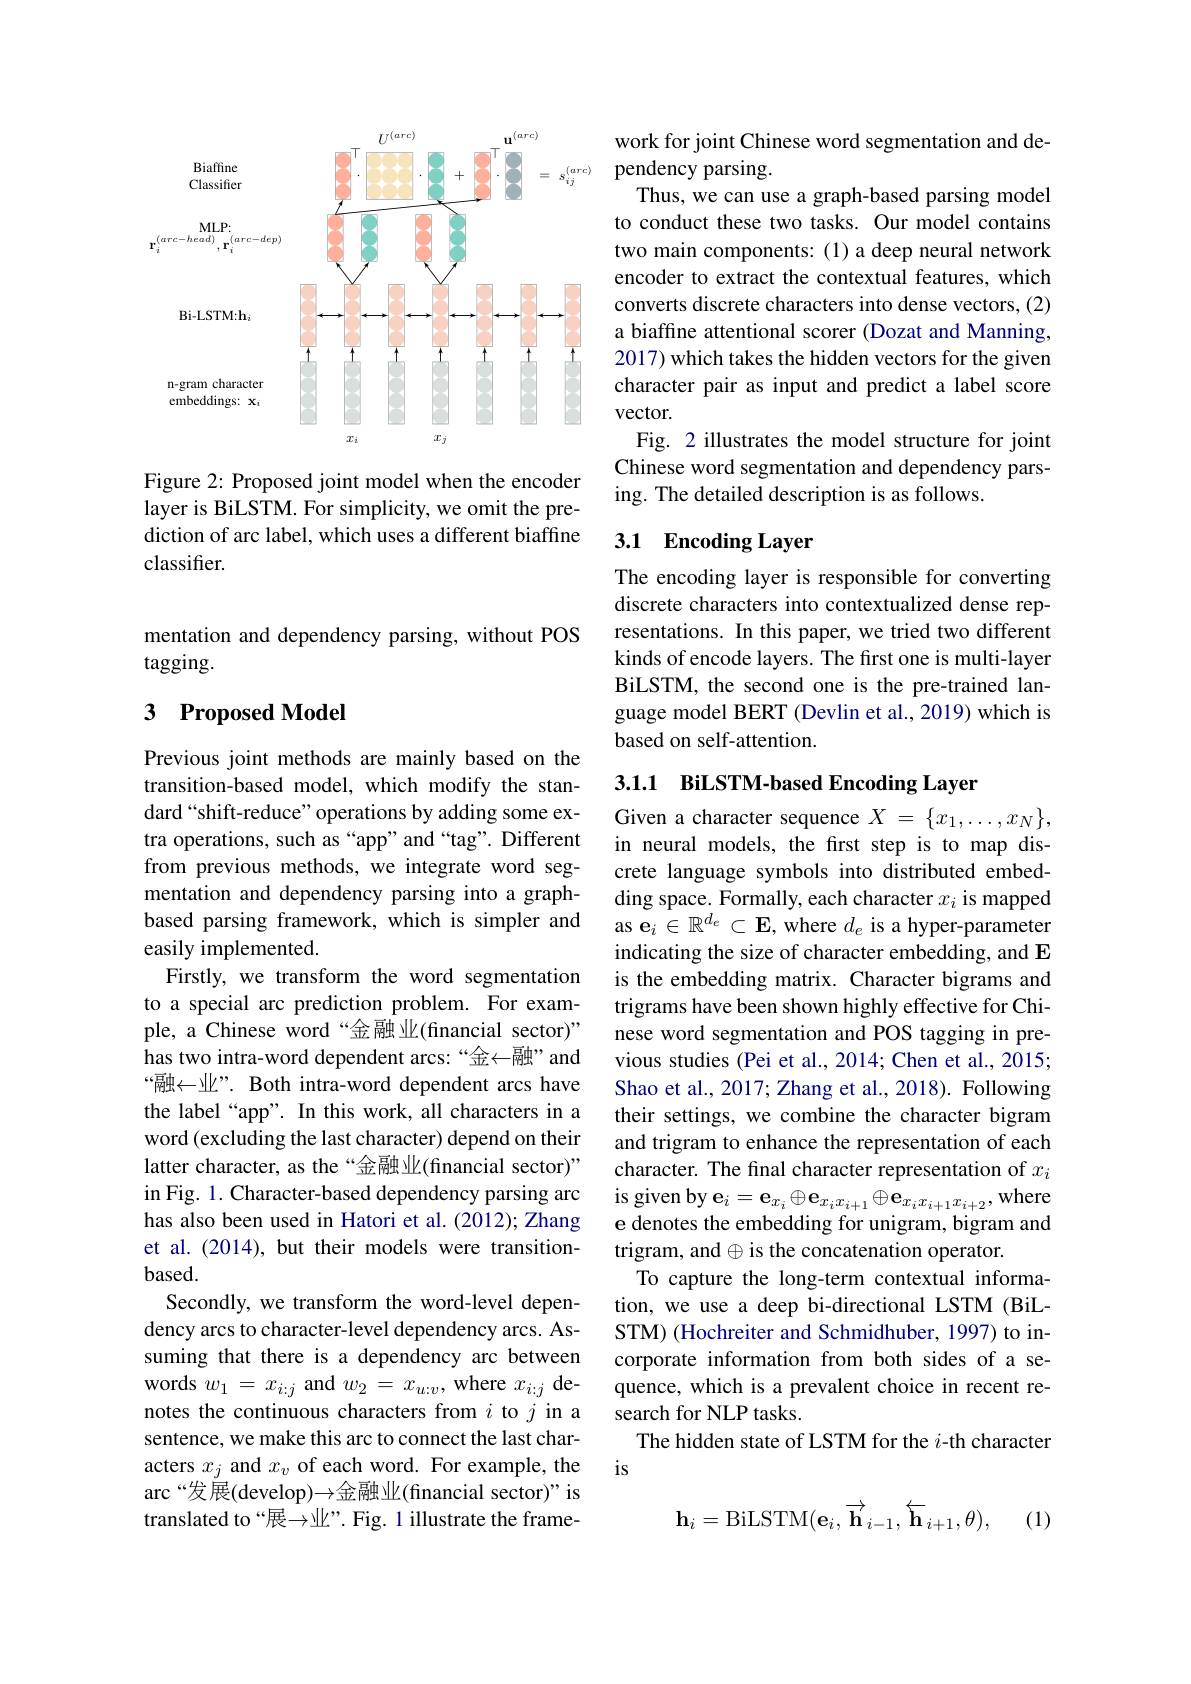
<FigureHere>

Figure 2: Proposed joint model when the encoder layer is BiLSTM. For simplicity, we omit the prediction of arc label, which uses a different biaffine classifier.

mentation and dependency parsing, without POS
tagging.

### 3 Proposed Model

Previous joint methods are mainly based on the transition-based model, which modify the standard“shift-reduce”operations by adding some extra operations, such as“app”and“tag”. Different from previous methods, we integrate word segmentation and dependency parsing into a graphbased parsing framework, which is simpler and easily implemented.
Firstly, we transform the word segmentation to a special arc prediction problem. For example, a Chinese word“金融业(financial sector)” has two intra-word dependent arcs:“金←融”and “融$\leftarrow 业”. Both intra-word dependent arcs have$ the label“app”. In this work, all characters in a word (excluding the last character) depend on their latter character, as the“金融业(financial sector)” in Fig. 1. Character-based dependency parsing arc has also been used in Hatori et al. (2012); Zhang et al. (2014), but their models were transition- $based.$
Secondly, we transform the word-level dependency arcs to character-level dependency arcs. Assuming that there is a dependency arc between words $w_1=x_{i:j}$ and $w_2=x_{u:v}$, where $x_i:j$ denotes the continuous characters from $i$ to $j$ in a sentence, we make this arc to connect the last characters $x_j$ and $x_v$ of each word. For example, the arc “发展(develop)→金融业(financial sector)" is translated to“展→业”. Fig. 1 illustrate the frame-

work for joint Chinese word segmentation and de-
pendency parsing.
Thus, we can use a graph-based parsing model to conduct these two tasks. Our model contains two main components: (1) a deep neural network encoder to extract the contextual features, which converts discrete characters into dense vectors, (2) a biaffine attentional scorer (Dozat and Manning, 2017) which takes the hidden vectors for the given character pair as input and predict a label score $vector.$
Fig. 2 illustrates the model structure for joint Chinese word segmentation and dependency parsing. The detailed description is as follows.

## 3.1 Encoding Layer

The encoding layer is responsible for converting discrete characters into contextualized dense representations. In this paper, we tried two different kinds of encode layers. The first one is multi-layer BiLSTM, the second one is the pre-trained language model BERT (Devlin et al., 2019) which is based on self-attention.

3.1.1 BiLSTM-based Encoding Layer

Given a character sequence $X$ = $\{ x_1, \ldots , x_N\} $, in neural models, the first step is to map discrete language symbols into distributed embedding space. Formally, each character $x_i$ is mapped as e$_i\in\mathbb{R}^d_e\subset\mathbf{E}$,where $d_e$ is a hyper-parameter indicating the size of character embedding, and E is the embedding matrix. Character bigrams and trigrams have been shown highly effective for Chinese word segmentation and POS tagging in previous studies (Pei et al., 2014; Chen et al., 2015; Shao et al., 2017; Zhang et al., 2018). Following their settings, we combine the character bigram and trigram to enhance the representation of each character. The final character representation of $x_i$ $\begin{array}{c}{\mathrm{is~given~by~e}_{i}=\mathbf{e}_{x_{i}}\oplus\mathbf{e}_{x_{i}x_{i+1}}\oplus\mathbf{e}_{x_{i}x_{i+1}x_{i+2}},\mathrm{where}}\\{\mathrm{is~given~by~e}_{i}=\mathbf{e}_{x_{i}}\oplus\mathbf{e}_{x_{i}x_{i+1}x_{i+2}},\mathrm{where}}\\{\mathrm{cod}}\\{\mathrm{cod}}\\{\mathrm{cod}}\\{\mathrm{cod}}\\{\mathrm{cod}}\\{\mathrm{cod}}\\{\mathrm{cod}}\\{\mathrm{cod}}\\{\mathrm{cod}}\\{\mathrm{cod}}\\{\mathrm{cod}}\\{\mathrm{cod}}\end{array}$ e denotes the embedding for unigram, bigram and trigram, and $\oplus$ is the concatenation operator.
To capture the long-term contextual information, we use a deep bi-directional LSTM (BiLSTM) (Hochreiter and Schmidhuber, 1997) to incorporate information from both sides of a sequence, which is a prevalent choice in recent research for NLP tasks.
The hidden state of LSTM for the $i$-th character
$is$
$$\mathbf{h}_i=\mathrm{BiLSTM}(\mathbf{e}_i,\:\overrightarrow{\mathbf{h}}_{i-1},\:\overleftarrow{\mathbf{h}}_{i+1},\theta),$$
(1)